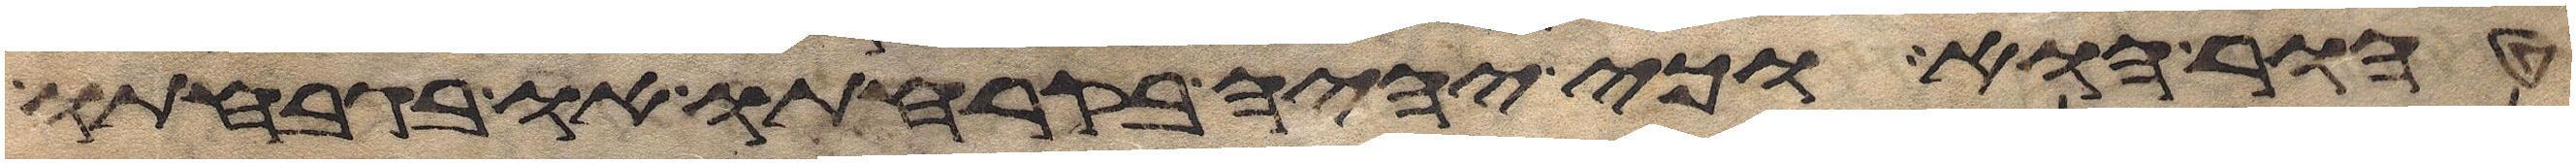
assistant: טהור הוא או כי יהיה בקרחתו או בגבחתו